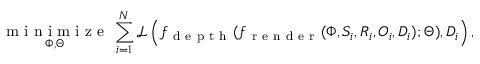
\underset { \Phi , \Theta } { \mathrm { ~ m ~ i ~ n ~ i ~ m ~ i ~ z ~ e ~ } } \, \sum _ { i = 1 } ^ { N } \mathcal { L } \left( f _ { \mathrm { ~ d ~ e ~ p ~ t ~ h ~ } } ( f _ { \mathrm { ~ r ~ e ~ n ~ d ~ e ~ r ~ } } ( \Phi , S _ { i } , R _ { i } , O _ { i } , D _ { i } ) ; \Theta ) , D _ { i } \right) ,